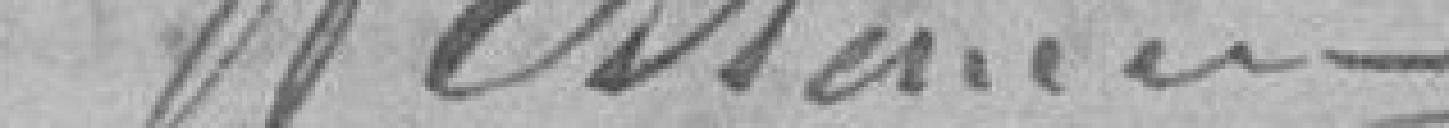
Millen